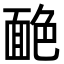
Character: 𦫥